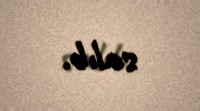
salıb.